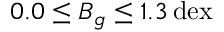
0 . 0 \leq B _ { g } \leq 1 . 3 \, \mathrm { d e x }